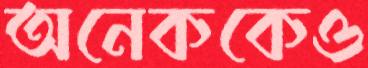
অনেককেও